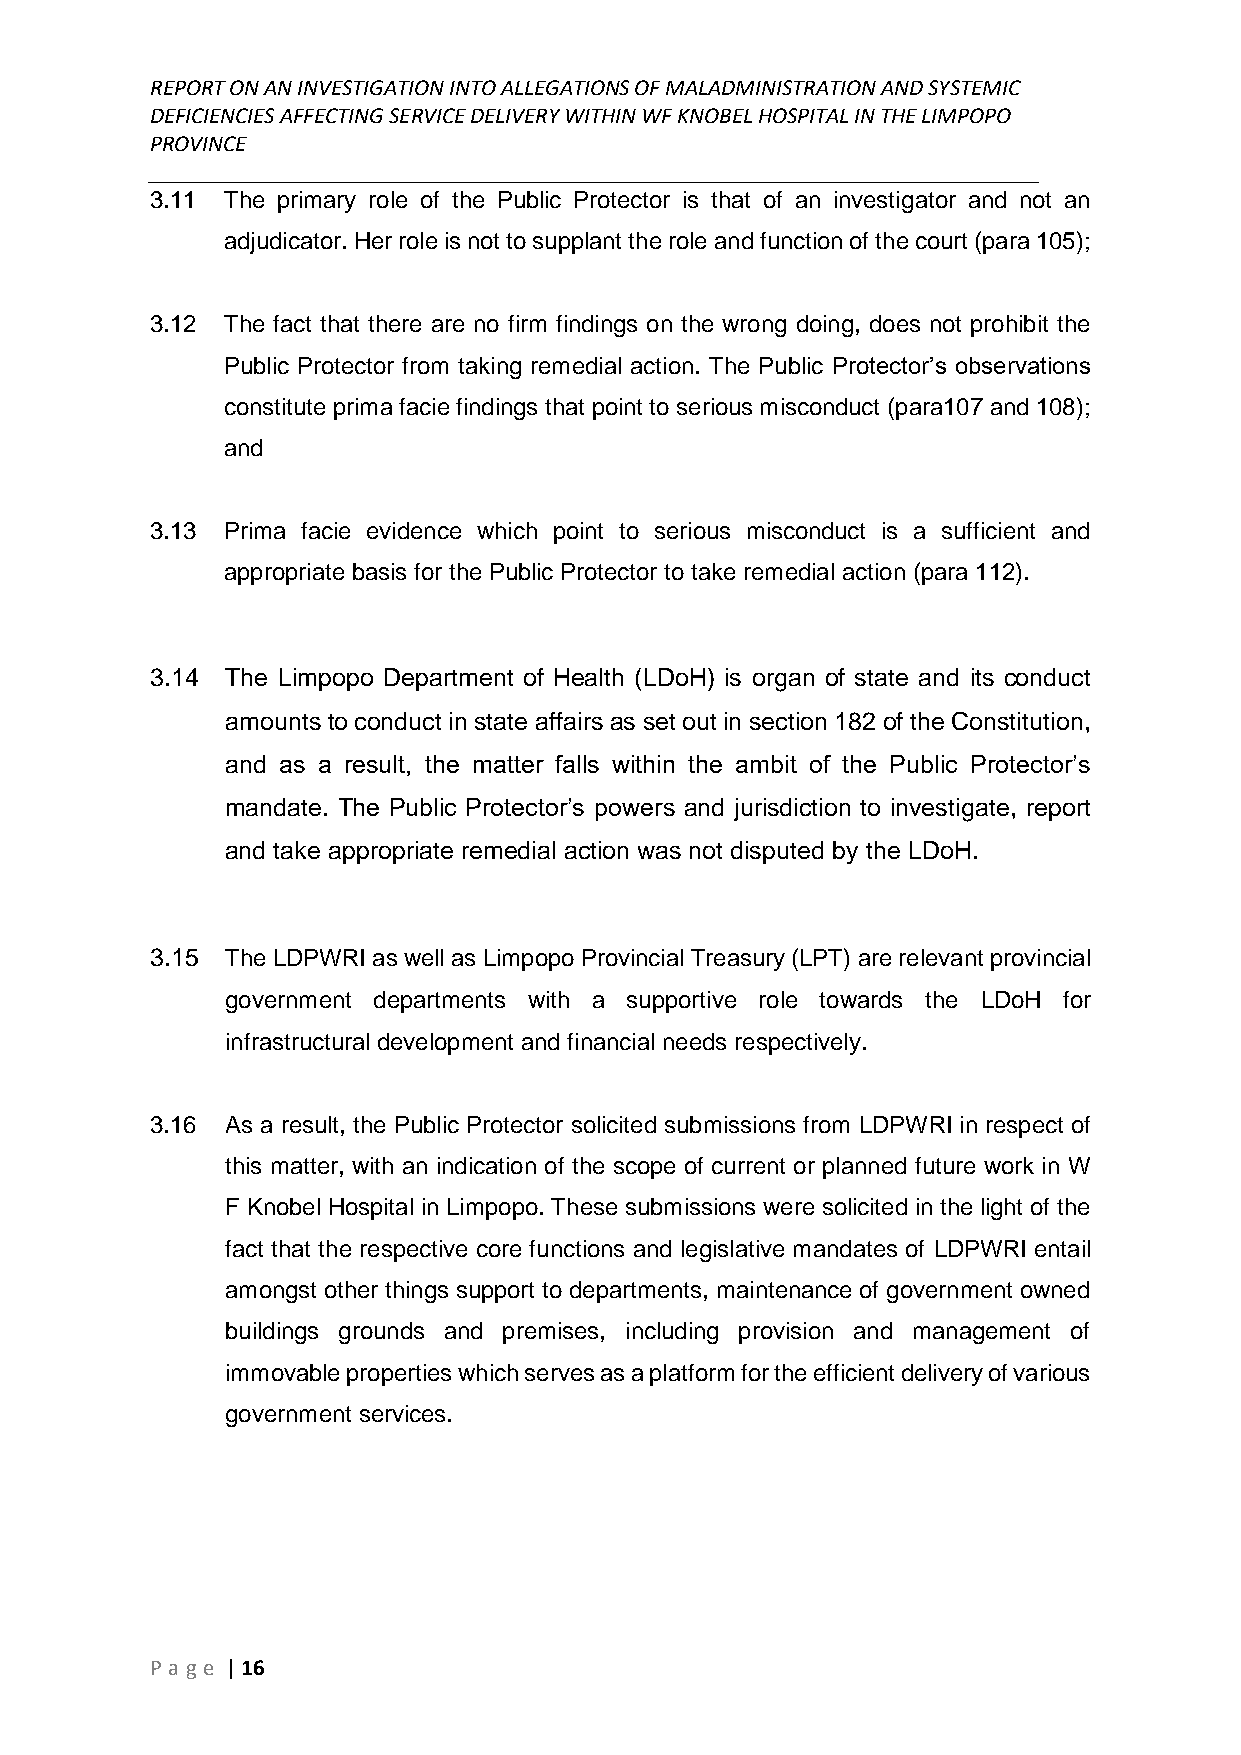
REPORT ON AN INVESTIGATION INTO ALLEGATIONS OF MALADMINISTRATION AND SYSTEMIC
 DEFICIENCIES AFFECTING SERVICE DELIVERY WITHIN WF KNOBEL HOSPITAL IN THE LIMPOPO
 PROVINCE
 ______________________________________________________________________________
 3.11 The primary role of the Public Protector is that of an investigator and not an
 adjudicator. Her role is not to supplant the role and function of the court (para 105);
 3.12 The fact that there are no firm findings on the wrong doing, does not prohibit the
 Public Protector from taking remedial action. The Public Protector’s observations
 constitute prima facie findings that point to serious misconduct (para107 and 108);
 and
 3.13 Prima facie evidence which point to serious misconduct is a sufficient and
 appropriate basis for the Public Protector to take remedial action (para 112).
 3.14 The Limpopo Department of Health (LDoH) is organ of state and its conduct
 amounts to conduct in state affairs as set out in section 182 of the Constitution,
 and as a result, the matter falls within the ambit of the Public Protector’s
 mandate. The Public Protector’s powers and jurisdiction to investigate, report
 and take appropriate remedial action was not disputed by the LDoH.
 3.15 The LDPWRI as well as Limpopo Provincial Treasury (LPT) are relevant provincial
 government departments with a supportive role towards the LDoH for
 infrastructural development and financial needs respectively.
 3.16 As a result, the Public Protector solicited submissions from LDPWRI in respect of
 this matter, with an indication of the scope of current or planned future work in W
 F Knobel Hospital in Limpopo. These submissions were solicited in the light of the
 fact that the respective core functions and legislative mandates of LDPWRI entail
 amongst other things support to departments, maintenance of government owned
 buildings grounds and premises, including provision and management of
 immovable properties which serves as a platform for the efficient delivery of various
 government services.
 P age | 16